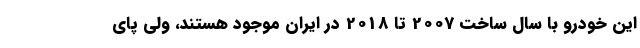
این خودرو با سال ساخت 2007 تا 2018 در ایران موجود هستند، ولی پای